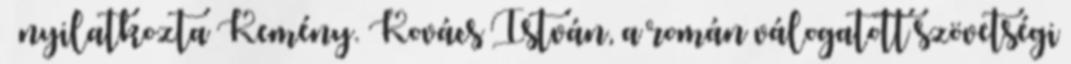
– nyilatkozta Kemény. Kovács István, a román válogatott szövetségi